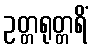
ဥတ္တရုတ္တရိံ